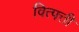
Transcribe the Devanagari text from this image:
वित्पत्ती